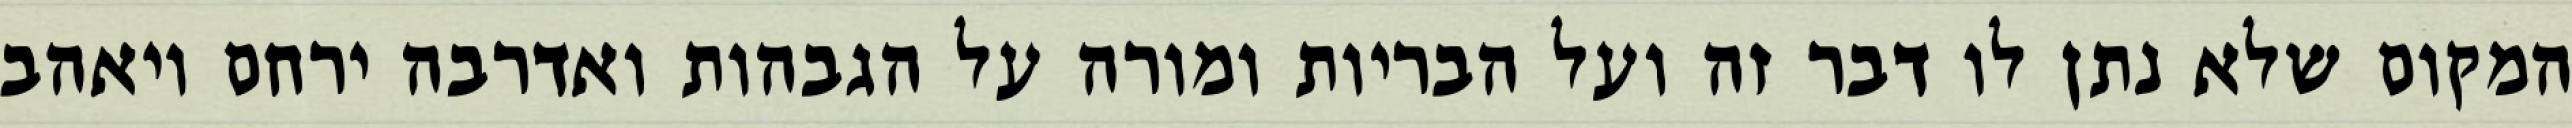
המקום שלא נתן לו דבר זה ועל הבריות ומורה על הגבהות ואדרבה ירחם ויאהב